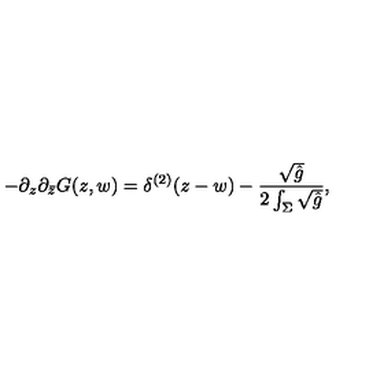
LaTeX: - \partial _ { z } \partial _ { \bar { z } } G ( z , w ) = \delta ^ { ( 2 ) } ( z - w ) - { \frac { \sqrt { \hat { g } } } { 2 \int _ { \Sigma } \sqrt { \hat { g } } } } ,